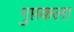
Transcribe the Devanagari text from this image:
गुप्तकला